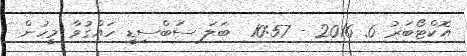
އޮކްޓޯބަރު 6